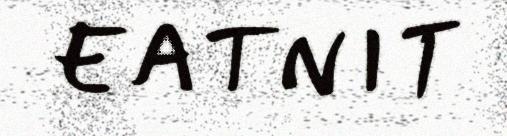
EATNIT